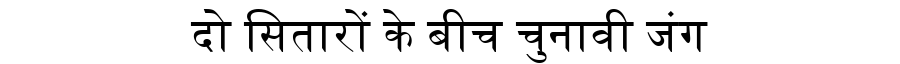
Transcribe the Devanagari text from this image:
दो सितारों के बीच चुनावी जंग